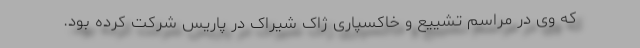
که وی در مراسم تشییع و خاکسپاری ژاک شیراک در پاریس شرکت کرده بود.